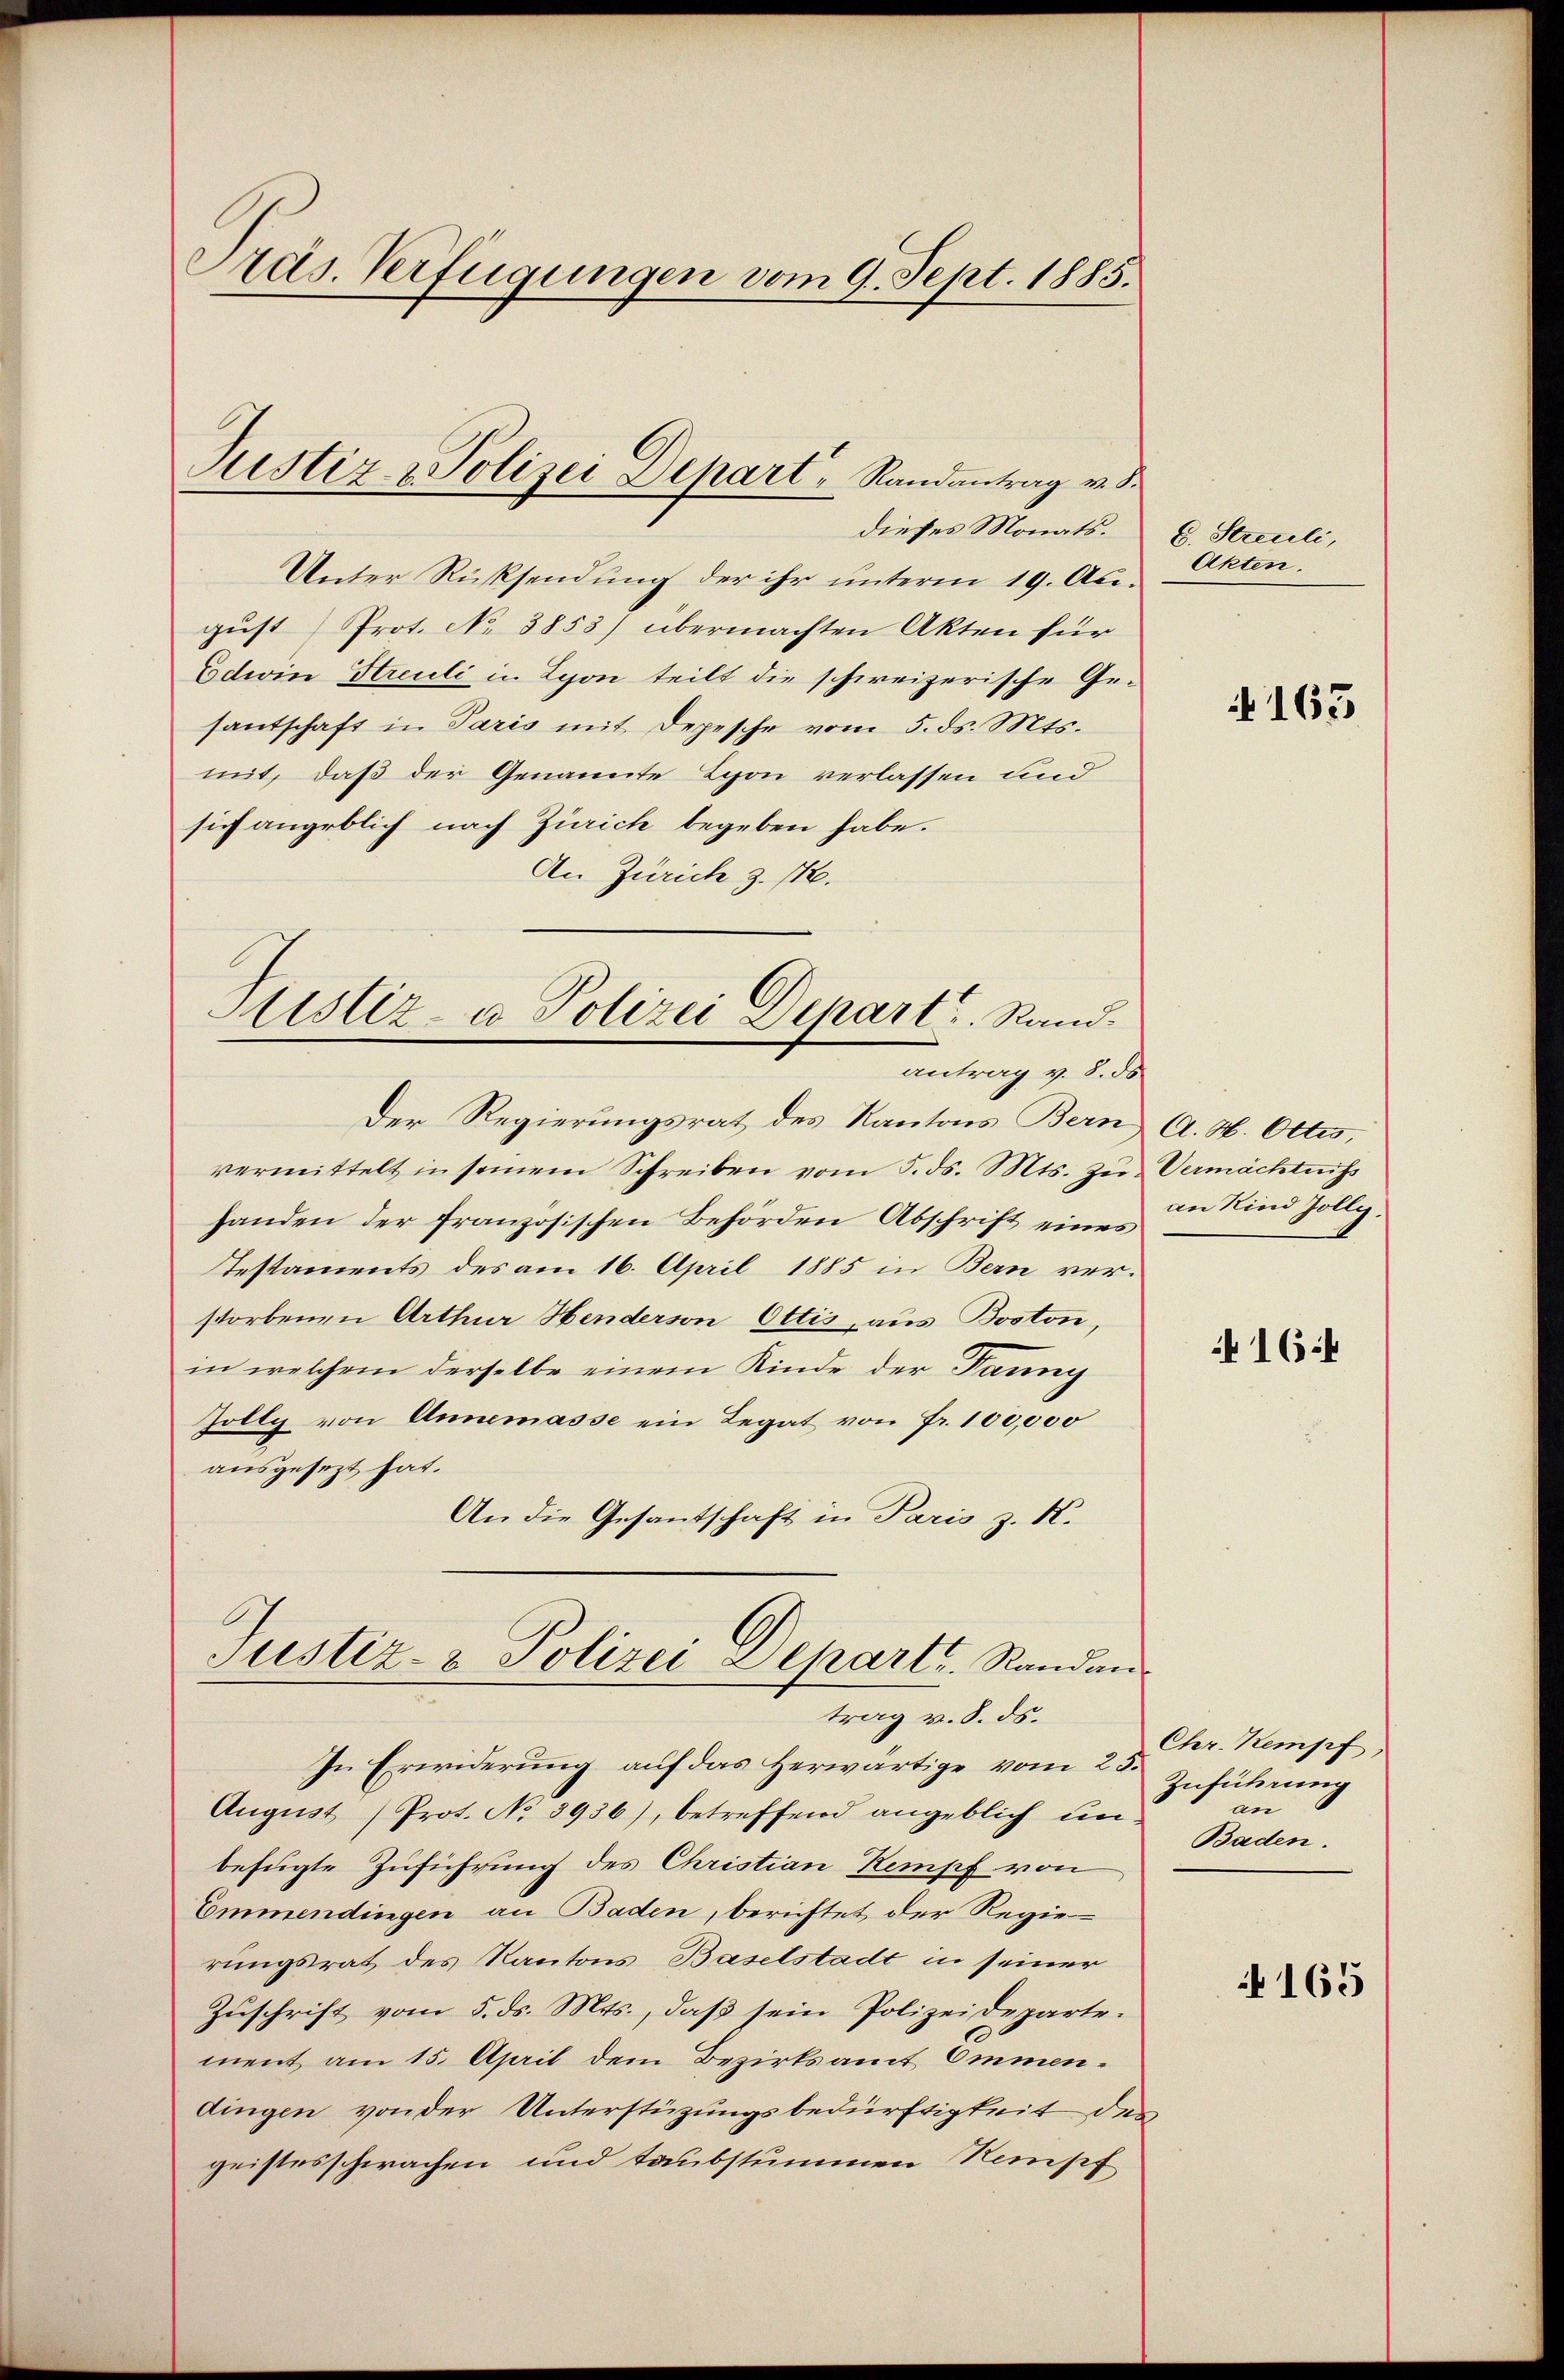
Ads. Verfügungen vom 9. Sept. 1885.

Unter Rücksendung der ihr unterm 19. Augŭst Prot. No 3853) übermachten Akten für
Edwin Streuli in Lyon teilt die schweizerische Gesantschaft in Paris mit Depesche vom 5. ds. Mts.
mit, daß der Genannte Lyon verlassen und
sich angeblich nach Zürich begeben habe.
An Zürich z. 112.

Justiz- & Polizei Depart, Randantrag v. S
dieses Monats.

Sistiz- u Polizei Depart. Rand.
antrag v. 8. ds.

Der Regierungsrat des Kantons Bern, A. H. Ottes,
vermittelt in seinem Schreiben vom 5. ds. Mts. zŭ Vermächtniss
handen der französischen Behörden Abschrift eines
Testaments des am 16. April 1885 in Bern ver-
storbenen Arthur Henderson Ottis, aus Boston,
in welchem derselbe einem Kinde der Fanny
Jolty von Annemasse ein Regat von Fr. 100,000
ausgesezt hat.
An die Gesantschaft in Paris z. K.

Justiz- & Polizei Departe. Randan
trag v. 8. ds.

In Erwiderung auf das herwärtige vom 25.
August (Prot. No 3936), betreffend angeblich un
befügte Zuführung des Christian Kempf von
Emmendingen an Baden, berichtet der Regierungsrat des Kantons Baselstadt in seiner
Zuschrift vom 5. ds. Mts., daß sein Polizeideparte.
ment am 15. April dem Bezirksamt Ommendingen von der Unterstüzungsbedürftigkeit des
geistesschwachen und taubstummen Rempf

E. Streuli,
Akten.

163

an Kind Zolly.

164

Chr. Kempf
Zuführung
an
Baden.

165